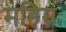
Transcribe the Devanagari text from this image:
महिम्नः